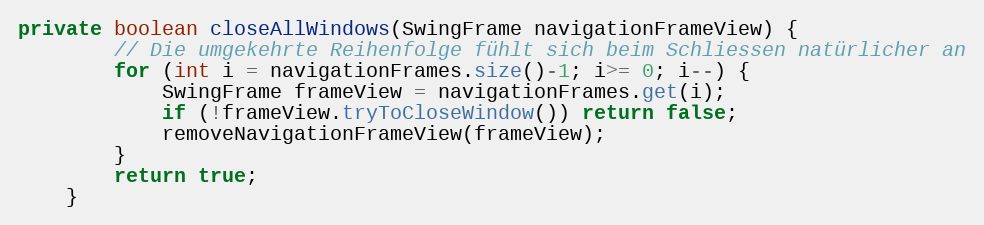
Language: Java
private boolean closeAllWindows(SwingFrame navigationFrameView) {
		// Die umgekehrte Reihenfolge fühlt sich beim Schliessen natürlicher an
		for (int i = navigationFrames.size()-1; i>= 0; i--) {
			SwingFrame frameView = navigationFrames.get(i);
			if (!frameView.tryToCloseWindow()) return false;
			removeNavigationFrameView(frameView);
		}
		return true;
	}